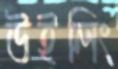
উইলিং